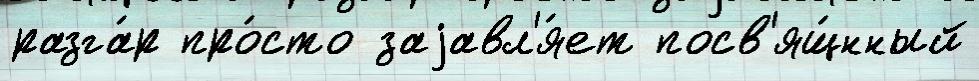
разга́р про́сто заjавл'я́ет посв'ящ́нный